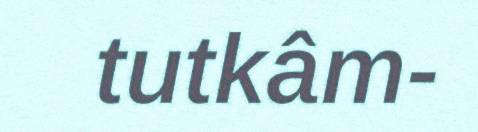
tutkâm-